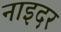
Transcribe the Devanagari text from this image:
नाइदर